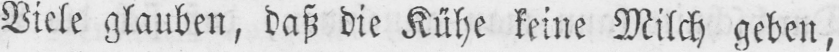
Viele glauben, daß die Kühe keine Milch geben,